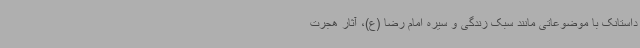
داستانک با موضوعاتی مانند سبک زندگی و سیره امام رضا (ع)، آثار هجرت